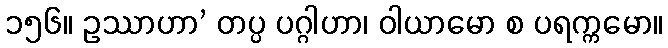
၁၅၆။ ဥဿာဟာ’ တပ္ပ ပဂ္ဂါဟာ၊ ဝါယာမော စ ပရက္ကမော။